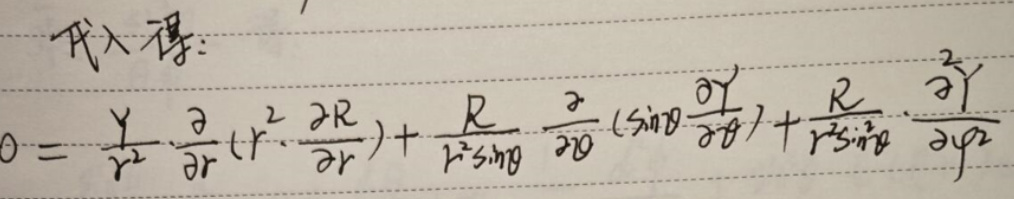
\[
0 = \frac{Y}{r^{2}} \frac{\partial}{\partial r} \left(r^{2} \frac{\partial R}{\partial r}\right) + \frac{R}{r^{2} \sin \theta} \frac{\partial}{\partial \theta} \left(\sin \theta \frac{\partial Y}{\partial \theta}\right) + \frac{R}{r^{2} \sin^{2} \theta} \frac{\partial^{2} Y}{\partial \varphi^{2}}
\]